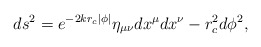
\begin{align*}ds^2 = e^{-2 k r_c|\phi|}\eta_{\mu\nu} dx^\mu dx^\nu - r_c^2 d\phi^2,\end{align*}